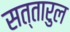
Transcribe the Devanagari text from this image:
सत्तारुल